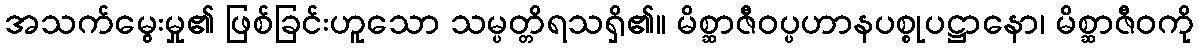
အသက်မွေးမှု၏ ဖြစ်ခြင်းဟူသော သမ္ပတ္တိရသရှိ၏။ မိစ္ဆာဇီဝပ္ပဟာနပစ္စုပဋ္ဌာနော၊ မိစ္ဆာဇီဝကို